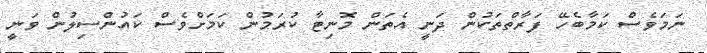
ނަމަވެސް ކަމާބެހޭ ފަރާތްތަކުން ދަނީ އެތަން މޮނިޓާ ކުރަމުން ކަމަށްވެސް ކައުންސިލުން ވަނީ